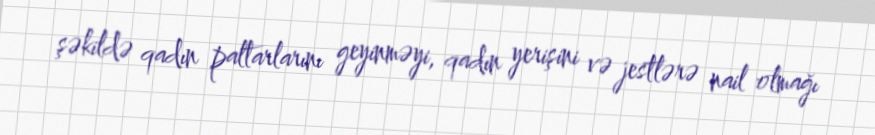
şəkildə qadın paltarlarını geyinməyi, qadın yerişini və jestlərə nail olmağı